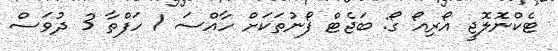
ޓެކްނޮލޮޖީ އޯރިއޯ ގޯ: ބަޖެޓް ފޯނުތަކަށް ހާއްސަ 1 ހަފްތާ 3 ދުވަސް